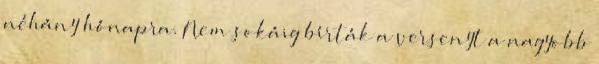
néhány hónapra. Nem sokáig bírták a versenyt a nagyobb